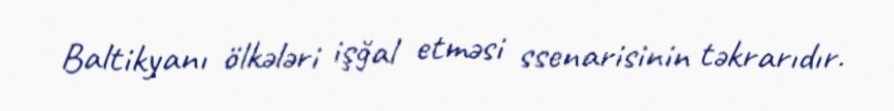
Baltikyanı ölkələri işğal etməsi ssenarisinin təkrarıdır.